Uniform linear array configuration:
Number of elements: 4
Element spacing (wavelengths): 0.25
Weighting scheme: hamming
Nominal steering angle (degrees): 15
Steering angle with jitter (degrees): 14.504
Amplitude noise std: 0.05
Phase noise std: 0.05

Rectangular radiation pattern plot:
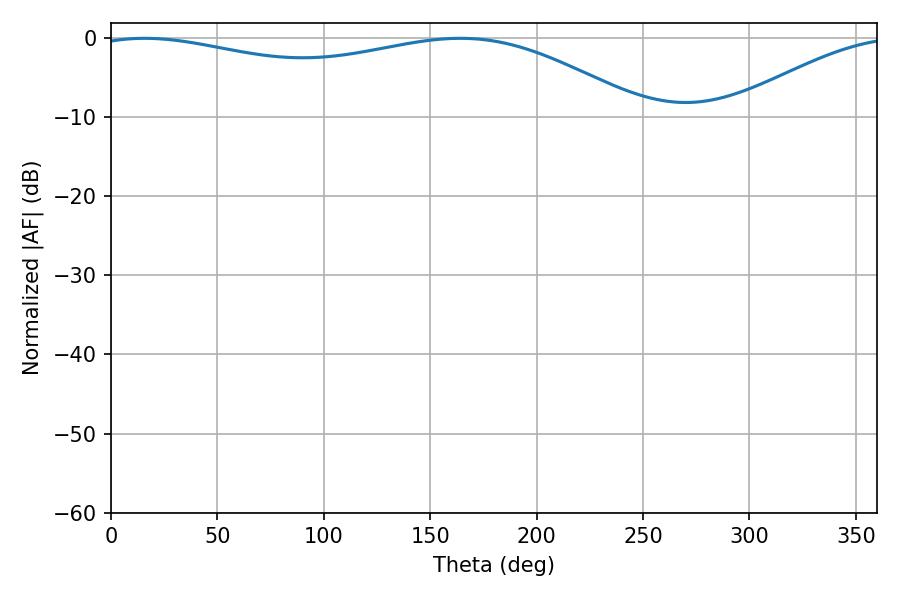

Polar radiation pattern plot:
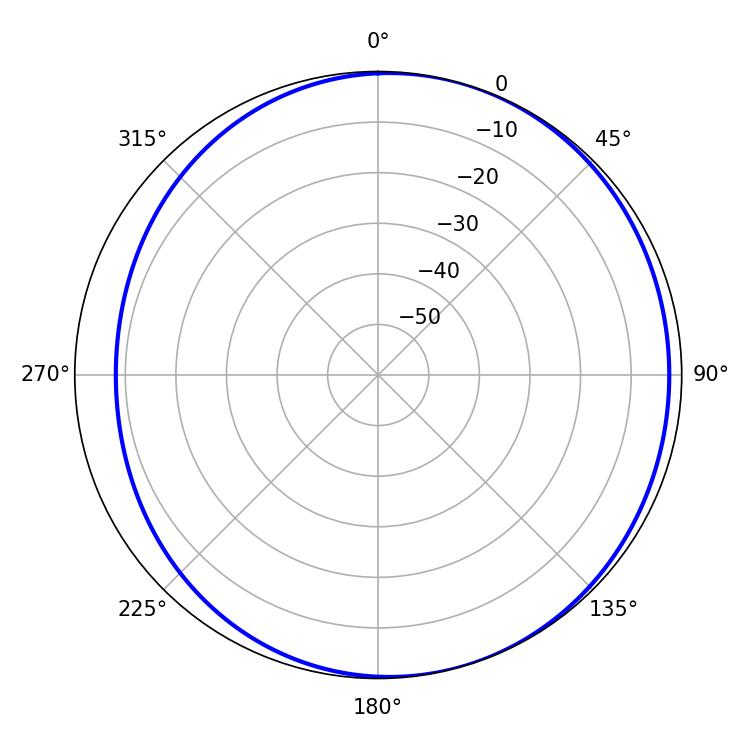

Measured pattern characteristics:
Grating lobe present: FALSE
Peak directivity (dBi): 3.7
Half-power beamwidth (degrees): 211.32
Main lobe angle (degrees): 15.84